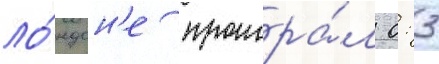
ло́ндон'е проигра́л 0: 3